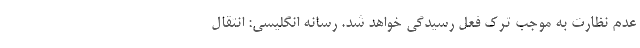
عدم نظارت به موجب ترک فعل رسیدگی خواهد شد. رسانه انگلیسی: انتقال